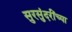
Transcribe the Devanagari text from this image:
सुरसुंदरींच्या